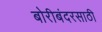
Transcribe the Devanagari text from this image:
बोरीबंदरसाठी